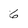
Character: 6